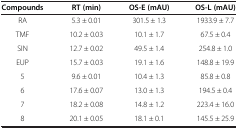
| Compounds | RT (min) | OS-E (mAU) | OS-L (mAU) |
 | --- | --- | --- | --- |
 | RA | 5.3 ± 0.01 | 301.5 ± 1.3 | 1933.9 ± 7.7 |
 | TMF | 10.2 ± 0.03 | 10.1 ± 1.7 | 67.5 ± 0.4 |
 | SIN | 12.7 ± 0.02 | 49.5 ± 1.4 | 254.8 ± 1.0 |
 | EUP | 15.7 ± 0.03 | 19.1 ± 1.6 | 148.8 ± 19.9 |
 | 5 | 9.6 ± 0.01 | 10.4 ± 1.3 | 85.8 ± 0.8 |
 | 6 | 17.6 ± 0.07 | 13.0 ± 1.3 | 194.5 ± 0.4 |
 | 7 | 18.2 ± 0.08 | 14.8 ± 1.2 | 223.4 ± 16.0 |
 | 8 | 20.1 ± 0.05 | 18.1 ± 0.1 | 145.5 ± 25.9 |